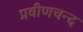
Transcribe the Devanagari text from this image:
प्रवीणचन्द